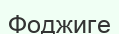
Фоджиге